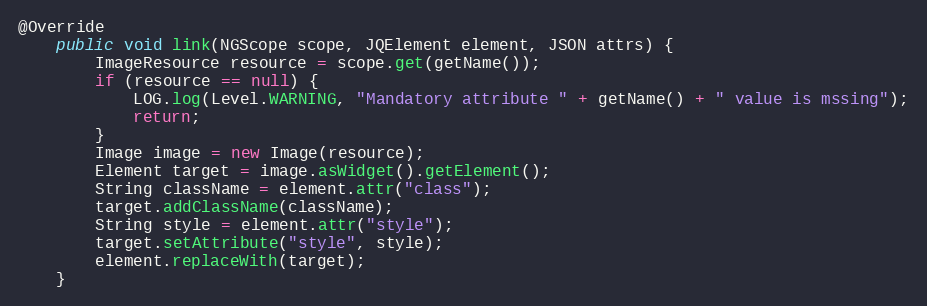
Language: Java
@Override
    public void link(NGScope scope, JQElement element, JSON attrs) {
        ImageResource resource = scope.get(getName());
        if (resource == null) {
            LOG.log(Level.WARNING, "Mandatory attribute " + getName() + " value is mssing");
            return;
        }
        Image image = new Image(resource);
        Element target = image.asWidget().getElement();
        String className = element.attr("class");
        target.addClassName(className);
        String style = element.attr("style");
        target.setAttribute("style", style);
        element.replaceWith(target);
    }